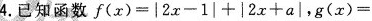
4.已知函数$$f(x)=|2x-1|+|2x+a|$$，$$g(x)=$$